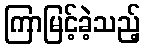
ကြာမြင့်ခဲ့သည့်